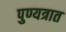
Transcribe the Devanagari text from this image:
पुण्यत्रात